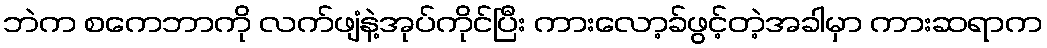
ဘဲက စကေဘာကို လက်ဖျံနဲ့အုပ်ကိုင်ပြီး ကားလော့ခ်ဖွင့်တဲ့အခါမှာ ကားဆရာက